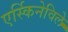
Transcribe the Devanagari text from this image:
एर्स्किनेविले